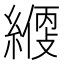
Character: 𦄱